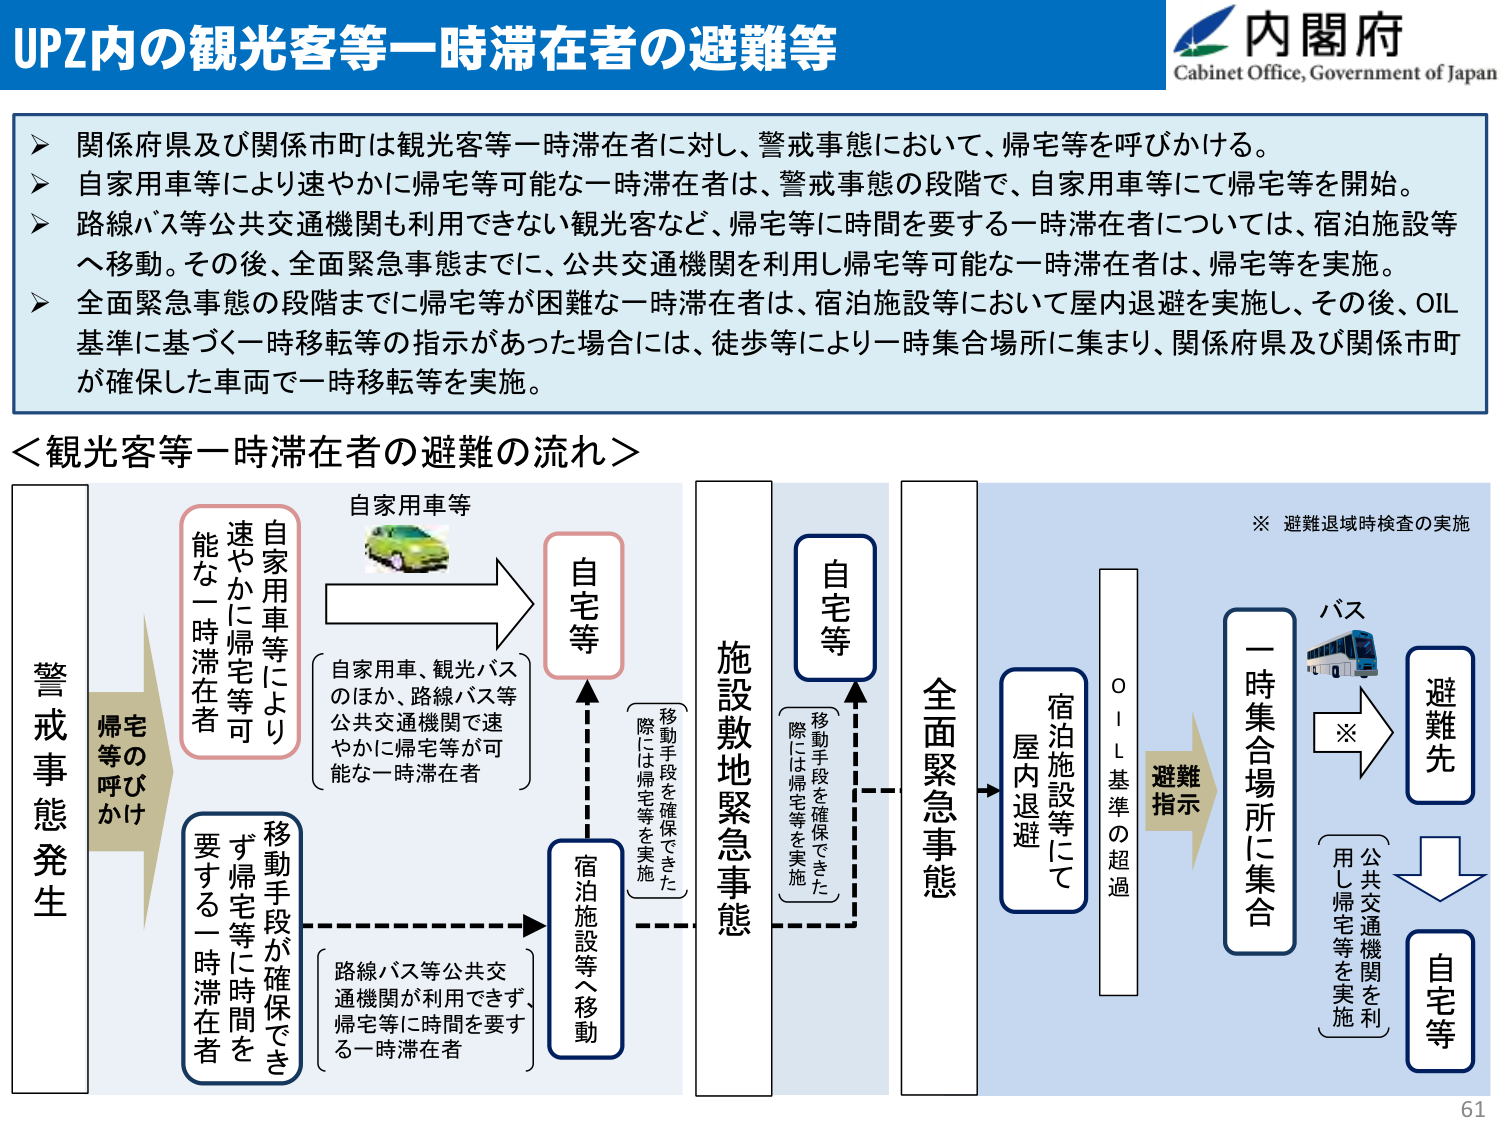
UPZ内の観光客等一時滞在者の避難等

内閣府
Cabinet Office, Government of Japan

➤ 関係府県及び関係市町は観光客等一時滞在者に対し、警戒事態において、帰宅等を呼びかける。
➤ 自家用車等により速やかに帰宅等可能な一時滞在者は、警戒事態の段階で、自家用車等にて帰宅等を開始。
➤ 路線バス等公共交通機関も利用できない観光客など、帰宅等に時間を要する一時滞在者については、宿泊施設等へ移動。その後、全面緊急事態までに、公共交通機関を利用し帰宅等可能な一時滞在者は、帰宅等を実施。
➤ 全面緊急事態の段階までに帰宅等が困難な一時滞在者は、宿泊施設等において屋内退避を実施し、その後、OIL基準に基づく一時移転等の指示があった場合には、徒歩等により一時集合場所に集まり、関係府県及び関係市町が確保した車両で一時移転等を実施。

＜観光客等一時滞在者の避難の流れ＞

警戒事態発生
　　↓
　　帰宅等の呼びかけ

自家用車等により
速やかに帰宅等可
　　→ 自宅等
　　　　（自家用車、観光バス
　　　　　のほか、路線バス等
　　　　　公共交通機関で速
　　　　　やかに帰宅等が可
　　　　　能な一時滞在者）

移動手段が確保できず
帰宅等に時間を要する
一時滞在者
　　→ 宿泊施設等へ移動
　　　　（路線バス等公共交通
　　　　　機関が利用できず、
　　　　　帰宅等に時間を要す
　　　　　る一時滞在者）

施設敷地緊急事態
　　↓
　　自宅等
　　　　（移動手段を確保できた
　　　　　際には帰宅等を実施）

全面緊急事態
　　→ 宿泊施設等にて
　　　　屋内退避

OIL基準の超過
　　→ 避難指示
　　　　→ 一時集合場所に集合
　　　　　　→ バス
　　　　　　　　→ 避難先
　　　　　　　　　　→ 自宅等
　　　　　　　　　　（公共交通機関を利
　　　　　　　　　　　用し帰宅等を実施）

※ 避難退域時検査の実施

61